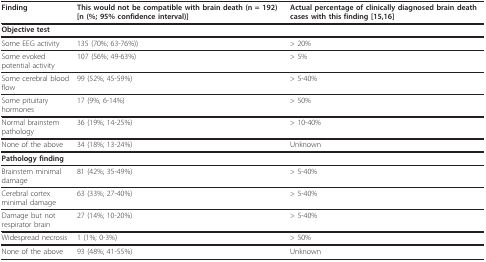
<table><thead><tr><td><b>Finding</b></td><td><b>This would not be compatible with brain death (n = 192) [n (%; 95% confidence interval)]</b></td><td><b>Actual percentage of clinically diagnosed brain death cases with this finding [15,16]</b></td></tr></thead><tbody><tr><td><b>Objective test</b></td><td></td><td></td></tr><tr><td>Some EEG activity</td><td>135 (70%; 63-76%))</td><td>&gt; 20%</td></tr><tr><td>Some evoked potential activity</td><td>107 (56%; 49-63%)</td><td>&gt; 5%</td></tr><tr><td>Some cerebral blood flow</td><td>99 (52%; 45-59%)</td><td>&gt; 5-40%</td></tr><tr><td>Some pituitary hormones</td><td>17 (9%; 6-14%)</td><td>&gt; 50%</td></tr><tr><td>Normal brainstem pathology</td><td>36 (19%; 14-25%)</td><td>&gt; 10-40%</td></tr><tr><td>None of the above</td><td>34 (18%; 13-24%)</td><td>Unknown</td></tr><tr><td><b>Pathology finding</b></td><td></td><td></td></tr><tr><td>Brainstem minimal damage</td><td>81 (42%; 35-49%)</td><td>&gt; 5-40%</td></tr><tr><td>Cerebral cortex minimal damage</td><td>63 (33%; 27-40%)</td><td>&gt; 5-40%</td></tr><tr><td>Damage but not respirator brain</td><td>27 (14%; 10-20%)</td><td>&gt; 5-40%</td></tr><tr><td>Widespread necrosis</td><td>1 (1%; 0-3%)</td><td>&gt; 50%</td></tr><tr><td>None of the above</td><td>93 (48%; 41-55%)</td><td>Unknown</td></tr></tbody></table>